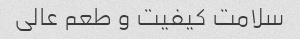
سلامت کیفیت و طعم عالی